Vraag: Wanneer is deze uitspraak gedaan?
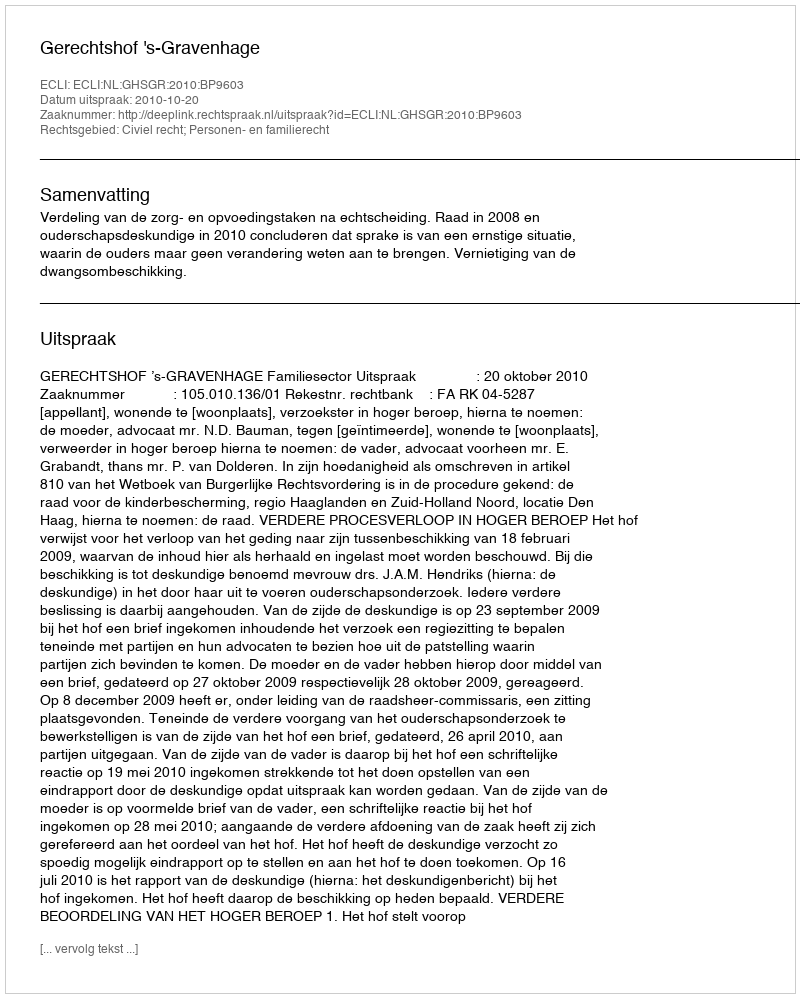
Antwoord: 2010-10-20